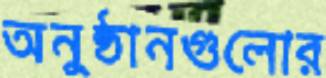
অনুষ্ঠানগুলোর